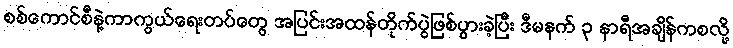
စစ်ကောင်စီနဲ့ကာကွယ်ရေးတပ်တွေ အပြင်းအထန်တိုက်ပွဲဖြစ်ပွားခဲ့ပြီး ဒီမနက် ၃ နာရီအချိန်ကစလို့